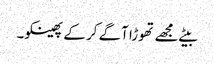
بیٹے مجھے تھوڑا آگے کر کے پھینکو۔